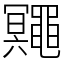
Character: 鼆